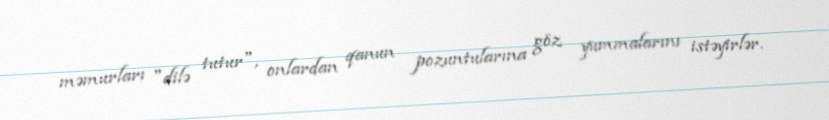
məmurları "dilə tutur", onlardan qanun pozuntularına göz yummalarını istəyirlər.